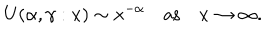
U ( \alpha , \gamma : x ) \sim x ^ { - \alpha } \quad \mathrm { a s } \quad x \to \infty .